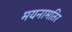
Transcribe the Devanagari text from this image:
मयनामतिर